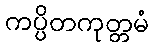
ကပ္ပိတကုတ္တမံ